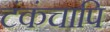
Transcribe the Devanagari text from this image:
टंकंचापि